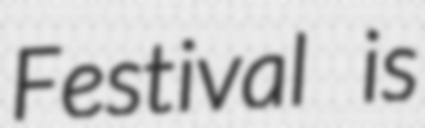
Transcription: Festival is